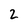
Character: 2